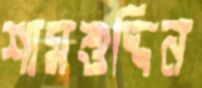
শামশুদ্দিন